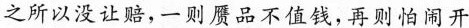
之所以没让赔，一则赝品不值钱，再则怕闹开